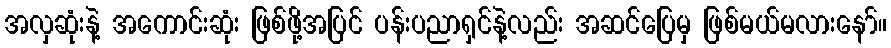
အလှဆုံးနဲ့ အကောင်းဆုံး ဖြစ်ဖို့အပြင် ပန်းပညာရှင်နဲ့လည်း အဆင်ပြေမှ ဖြစ်မယ်မလားနော်။